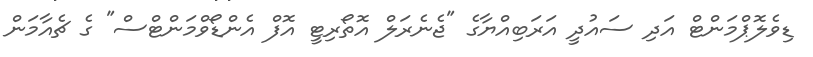
ޑިވެލޮޕްމަންޓް އަދި ސައުދީ އަރަބިއްޔާގެ "ޖެނެރަލް އޮތޯރިޓީ އޮފް އެންޑޯވްމަންޓްސް" ގެ ޗެއާމަން